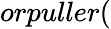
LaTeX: orpuller(